Annual report on the lock hospitals of the Madras Presidency
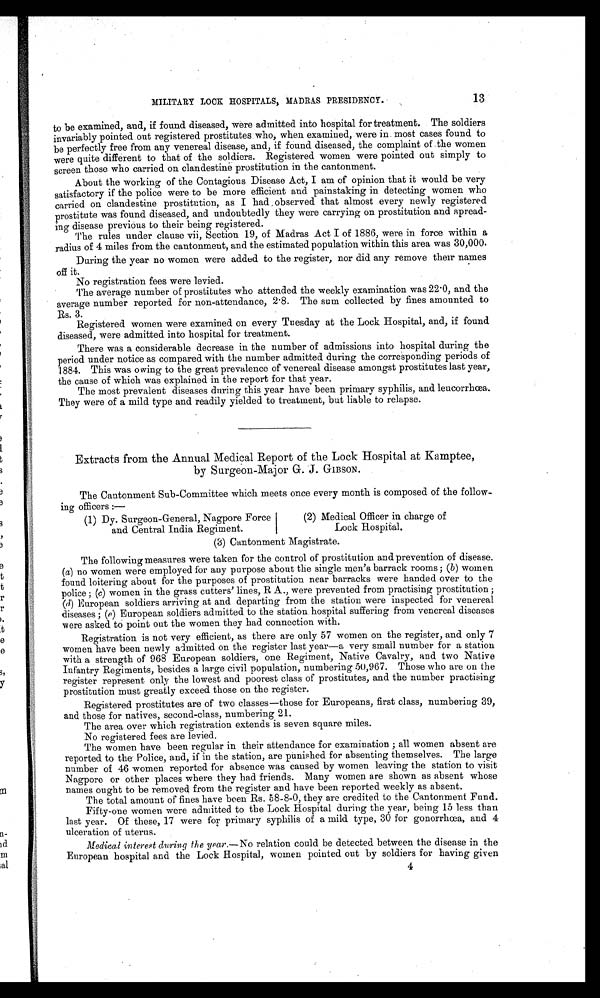
13
MILITARY LOCK HOSPITALS, MADRAS PRESIDENCY.
to be examined, and, if found diseased, were admitted into hospital for treatment. The soldiers
invariably pointed out registered prostitutes who, when examined, were in most cases found to
be perfectly free from any venereal disease, and, if found diseased, the complaint of the women
were quite different to that of the soldiers. Registered women were pointed out simply to
screen those who carried on clandestine prostitution in the cantonment.
About the working of the Contagious Disease Act, I am of opinion that it would be very
satisfactory if the police were to be more efficient and painstaking in detecting women who
carried on clandestine prostitution, as I had ,observed that almost every newly registered
prostitute was found diseased, and undoubtedly they were carrying on prostitution and spread-
ing disease previous to their being registered.
The rules under clause vii, Section 19, of Madras Act I of 1886, were in force within a
radius of 4 miles from the cantonment, and the estimated population within this area was 30,000.
During the year no women were added to the register, nor did any remove their names
off it.
No registration fees were levied.
The average number of prostitutes who attended the weekly examination was 22·0, and the
average number reported for non-attendance, 2 . 8. The sum collected by fines amounted to
Rs. 3.
Registered women were examined on every Tuesday at the Lock Hospital, and, if found
diseased, were admitted into hospital for treatment.
There was a considerable decrease in the number of admissions into hospital during the
period under notice as compared with the number admitted during the corresponding periods of
1884. This was owing to the great prevalence of venereal disease amongst prostitutes last year,
the cause of which was explained in the report for that year.
The most prevalent diseases during this year have been primary syphilis, and leucorrhœa.
They were of a mild type and readily yielded to treatment, but liable to relapse.
Extracts from the Annual Medical Report of the Lock Hospital at Kamptee,
by Surgeon-Major G. J. GIBSON.
The Cantonment Sub-Committee which meets once every month is composed of the follow-
ing officers :—
(1) Dy. Surgeon-General, Nagpore Force
and Central India Regiment.
(2) Medical Officer in charge of
Lock Hospital.
(3) Cantonment Magistrate.
The following measures were taken for the control of prostitution and prevention of disease.
(a) no women were employed for any purpose about the single men's barrack rooms; (b) women
found loitering about for the purposes of prostitution near barracks were handed over to the
police ; (c) women in the grass cutters' lines, R A., were prevented from practising prostitution ;
(d) European soldiers arriving at and departing from the station were inspected for venereal
diseases ; (e) European soldiers admitted to the station hospital suffering from venereal diseases
were asked to point out the women they bad connection with.
Registration is not very efficient, as there are only 57 women on the register, and only 7
women have been newly admitted on the register last year—a very small number for a station
with a strength of 968 European soldiers, one Regiment, Native Cavalry, and two Native
Infantry Regiments, besides a large civil population, numbering 50,967. Those who are on the
register represent only the lowest and poorest class of prostitutes, and the number practising
prostitution must greatly exceed those on the register.
Registered prostitutes are of two classes—those for Europeans, first class, numbering 39,
and those for natives, second-class, numbering 21.
The area over which registration extends is seven square miles.
No registered fees are levied.
The women have been regular in their attendance for examination ; all women absent are
reported to the Police, and, if in the station, are punished for absenting themselves. The large
number of 46 women reported for absence was caused by women leaving the station to visit
Nagpore or other places where they had friends. Many women are shown as absent whose
names ought to be removed from the register and have been reported weekly as absent.
The total amount of fines have been Rs. 58-8-0, they are credited to the Cantonment Fund.
Fifty-one women were admitted to the Lock Hospital during the year, being 15 less than
last year. Of these, 17 were for primary syphilis of a mild type, 30 for gonorrhœa, and 4
ulceration of uterus.
Medical interest during the year.— No relation could be detected between the disease in the
European hospital and the Lock Hospital, women pointed out by soldiers for having given
4